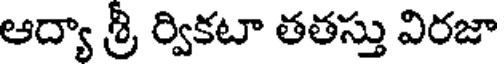
ఆద్యా శ్రీ ర్వికటా తతస్తు విరజా